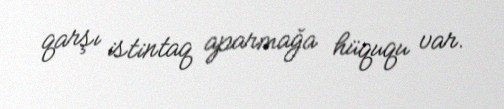
qarşı istintaq aparmağa hüququ var.